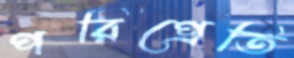
পরিপ্রেতি